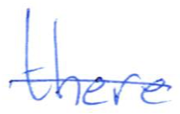
Text: there
Cross-out: single-line
Writing tool: ballpoint